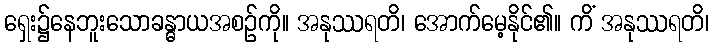
ရှေး၌နေဘူးသောခန္ဓာယအစဉ်ကို။ အနုဿရတိ၊ အောက်မေ့နိုင်၏။ ကိံ အနုဿရတိ၊